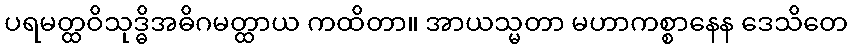
ပရမတ္ထဝိသုဒ္ဓိအဓိဂမတ္ထာယ ကထိတာ။ အာယသ္မတာ မဟာကစ္စာနေန ဒေသိတေ